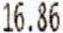
16.86